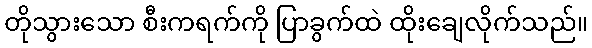
တိုသွားသော စီးကရက်ကို ပြာခွက်ထဲ ထိုးချေလိုက်သည်။